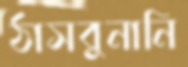
ঠাসবুনানি